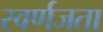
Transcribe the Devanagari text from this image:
स्वर्णजता